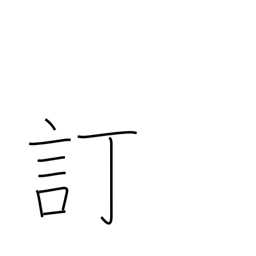
Meaning: revise